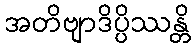
အတိဗျာဒိပ္ပိဿန္တိ